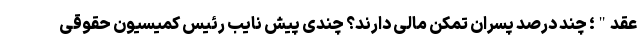
عقد"؛ چند درصد پسران تمکن مالی دارند؟ چندی پیش نایب رئیس کمیسیون حقوقی